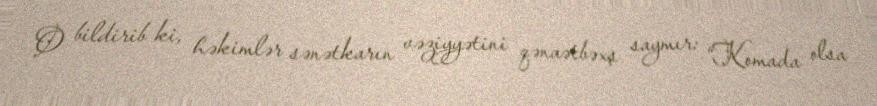
O bildirib ki, həkimlər sənətkarın vəziyyətini qənaətbəxş saymır: “Komada olsa